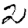
Digit: 2